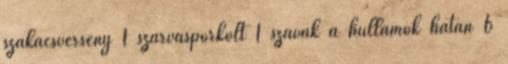
szakácsverseny 1 szarvaspörkölt 1 szavak a hullámok hátán 6